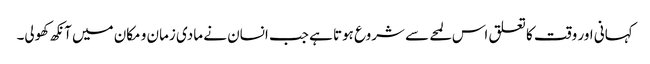
کہانی اور وقت کا تعلق اس لمحے سے شروع ہوتا ہے جب انسان نے مادی زمان و مکان میں آنکھ کھولی۔